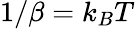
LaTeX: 1/\beta=k_{B}T